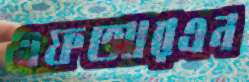
এফআরএন